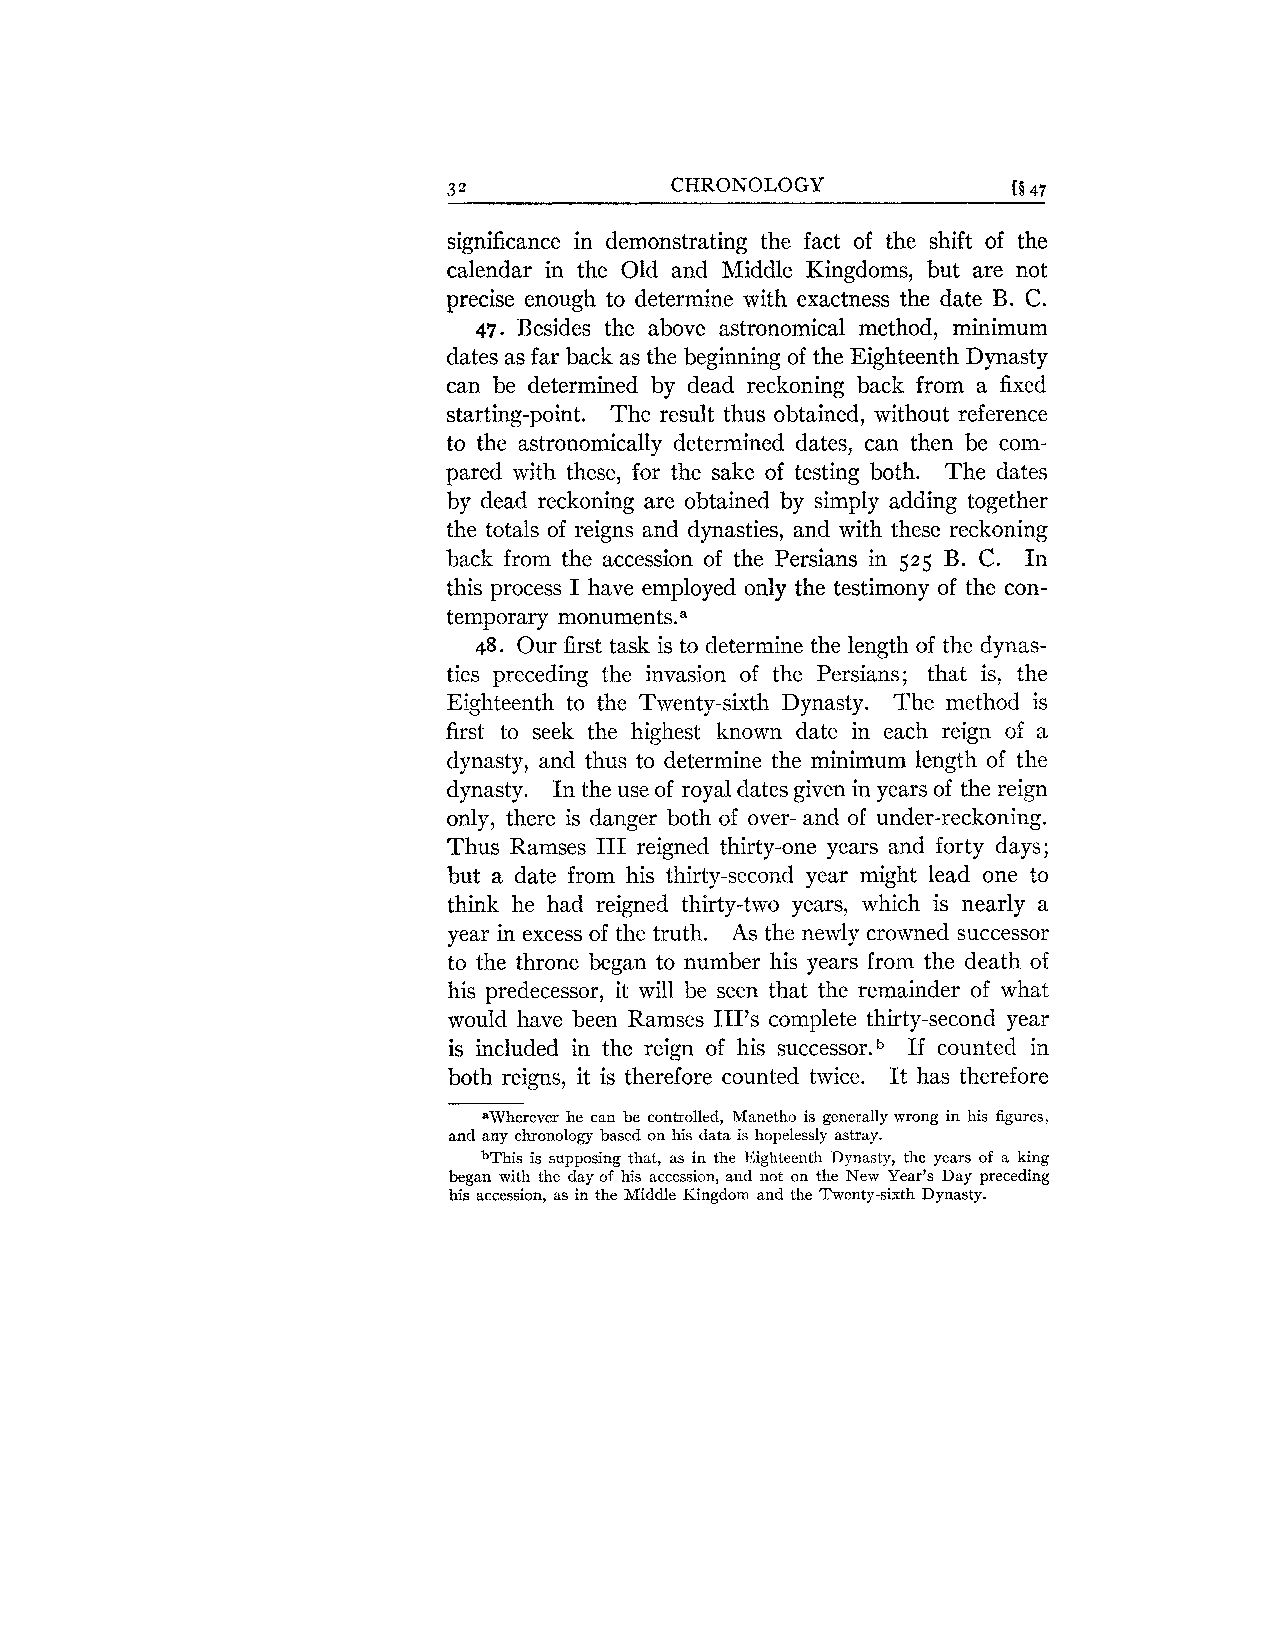
significance in demonstrating the fact of the shift of the
 calendar in the Old and Middle Kingdoms, but are not
 precise enough to determine with exactness the date B. C.
 47. Besides the above astronomical method, minimum
 dates as far back as the beginning of the Eighteenth Dynasty
 can be determined by dead reckoning back from a fixed
 starting-point. The result thus obtained, without reference
 to the astronomically determined dates, can then be com-
 pared with these, for the sake of testing both. The dates
 by dead reckoning are obtained by simply adding together
 the totals of reigns and dynasties, and with these reckoning
 back from the accession of the Persians in 525 B. C. In
 this process I have employed only the testimony of the con-
 temporary monuments.
 a
 48. Our first task is to determine the length of the dynas-
 ties preceding the invasion of the Persians; that is, the
 Eighteenth to the Twenty-sixth Dynasty. The method is
 first to seek the highest known date in each reign of a
 dynasty, and thus to determine the minimum length of the
 dynasty. In the use of royal dates given in years of the reign
 only, there is danger both of over- and of under-reckoning.
 Thus Ramses I11 reigned thirty-one years and forty days;
 but a date from his thirty-second year might lead one to
 think he had reigned thirty-two years, which is nearly a
 year in excess of the truth. As the newly crowned successor
 to the throne began to number his years from the death of
 his predecessor, it will be seen that the remainder of what
 would have been Ramses 111's complete thirty-second year
 is included in the reign of his ~uccessor.~If counted in
 both reigns, it is therefore counted twice. It has therefore
 awherever he can be controlled, Manetho is generally wrong in his figures,
 and any chronology based on his data is hopelessly astray.
 bThis is supposing that, as in the Eighteenth Dynasty, the years of a king
 began with the day of his accession, and not on the New Year's Day preceding
 his accession, as in the Middle Kingdom and the Twenty-sixth Dynasty.